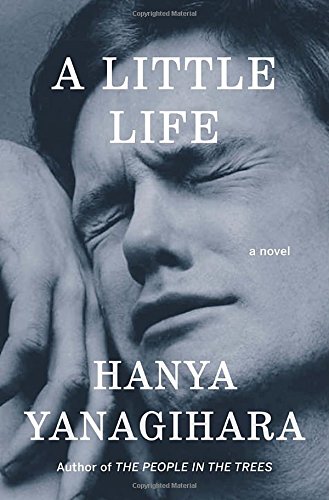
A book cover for A Little Life: A Novel; Hanya Yanagihara; Literature & Fiction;